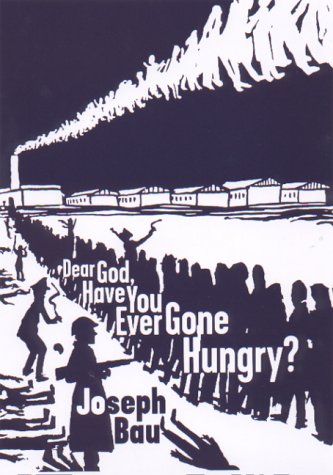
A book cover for Dear God, Have You Ever Gone Hungry?; Joseph Bau; Biographies & Memoirs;